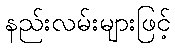
နည်းလမ်းများဖြင့်